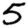
Digit: 5